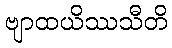
ဗျာထယိဿသီတိ